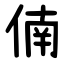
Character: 㑲